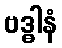
ဗဒ္ဓါနံ